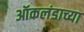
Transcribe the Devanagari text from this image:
ऑकलंडाच्या